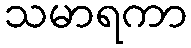
သမာရကာ